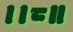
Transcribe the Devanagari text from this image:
।।८॥